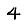
Digit: 4